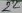
Text: 22